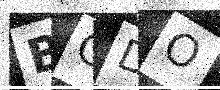
Text: BGDO